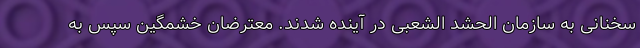
سخنانی به سازمان الحشد الشعبی در آینده شدند. معترضان خشمگین سپس به